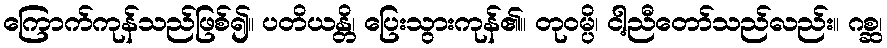
ကြောက်ကုန်သည်ဖြစ်၍။ ပတိယန္တိ၊ ပြေးသွားကုန်၏။ တုဝမ္ပိ၊ ငါ့ညီတော်သည်လည်း။ ဂစ္ဆ၊